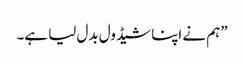
”ہم نے اپنا شیڈول بدل لیا ہے۔